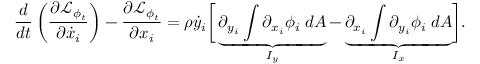
\frac { d } { d t } \left( \frac { \partial \mathcal { L } _ { \phi _ { t } } } { \partial \dot { x } _ { i } } \right) - \frac { \partial \mathcal { L } _ { \phi _ { t } } } { \partial x _ { i } } = \rho \dot { y } _ { i } \biggr [ \underbrace { \partial _ { y _ { i } } \int \partial _ { x _ { i } } \phi _ { i } \; d A } _ { I _ { y } } - \underbrace { \partial _ { x _ { i } } \int \partial _ { y _ { i } } \phi _ { i } \; d A } _ { I _ { x } } \biggr ] .